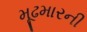
મૂઢમારની